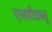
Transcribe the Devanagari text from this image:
एलबीडब्लू